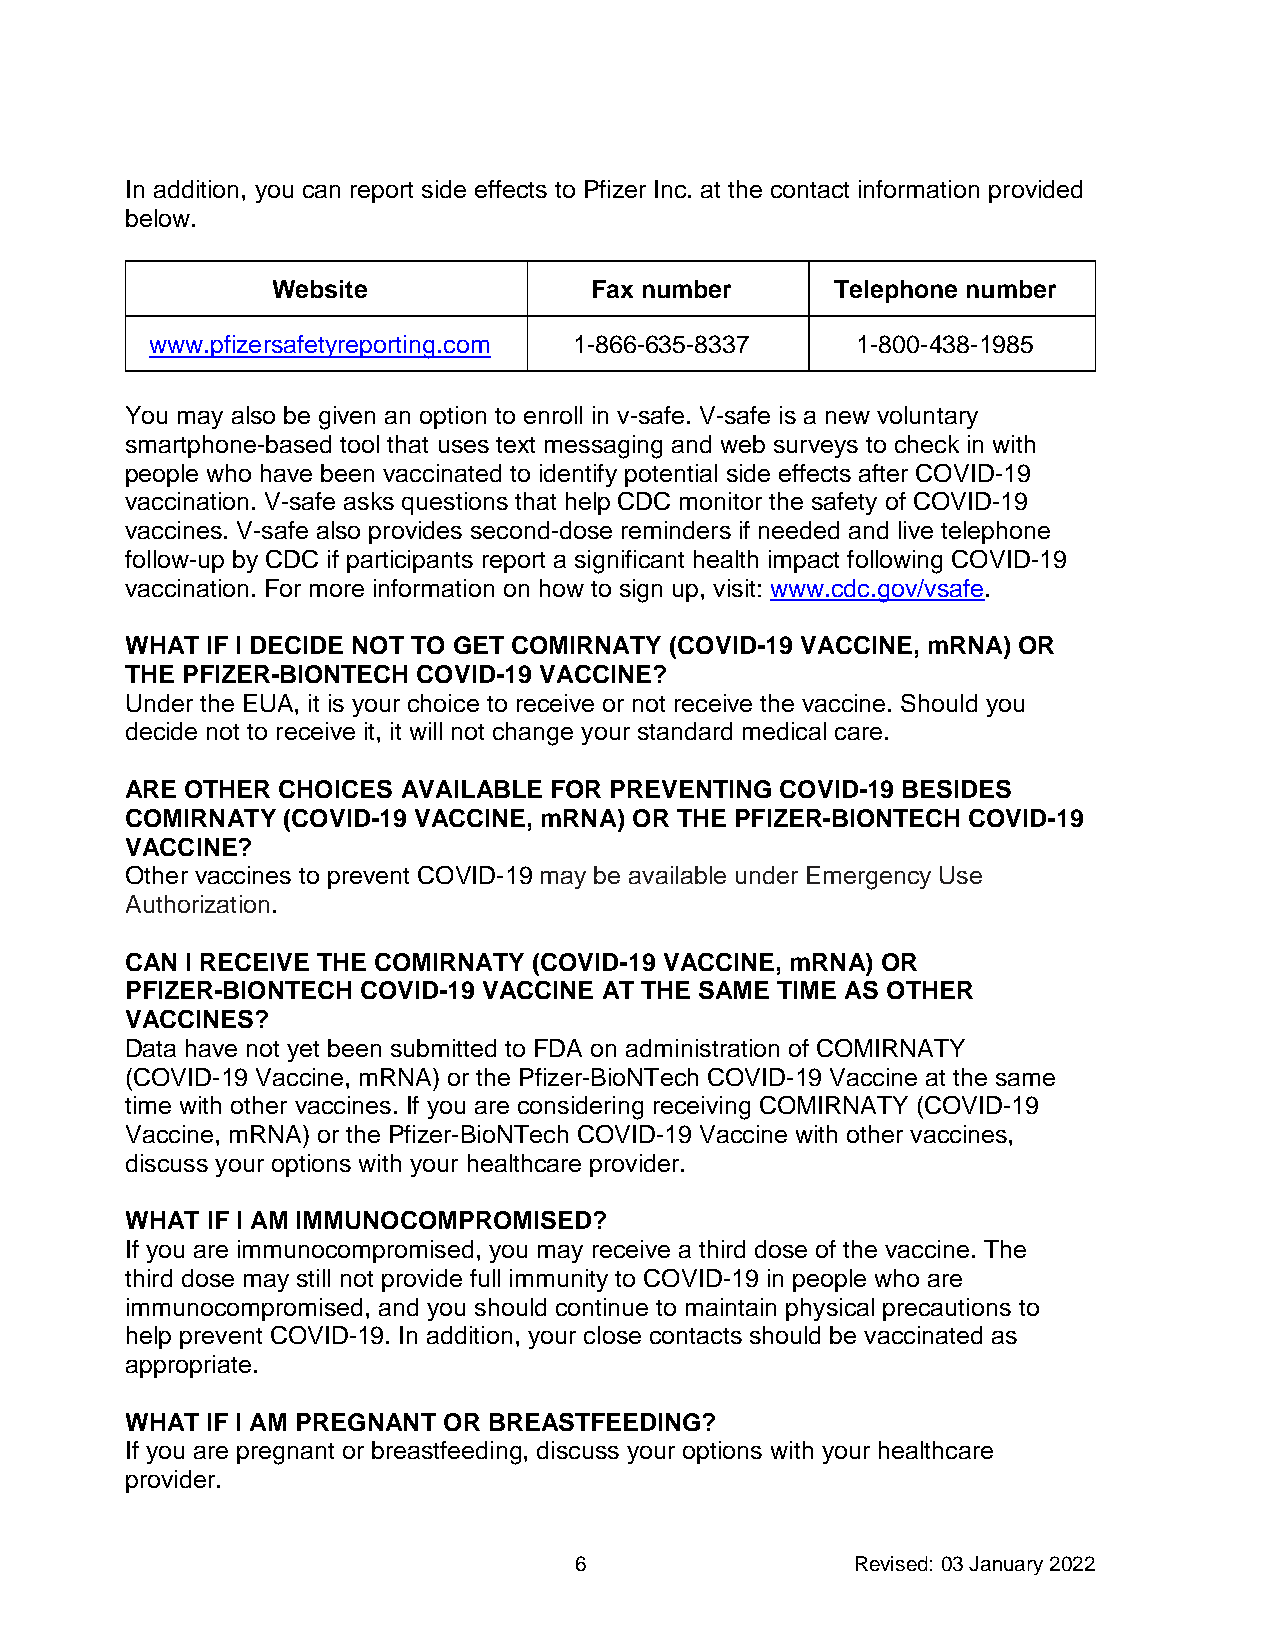
In addition, you can report side effects to Pfizer Inc. at the contact information provided
 below.
 Website              Fax number      Telephone number
 www.pfizersafetyreporting.com 1-866-635-8337   1-800-438-1985
 You may also be given an option to enroll in v-safe. V-safe is a new voluntary
 smartphone-based tool that uses text messaging and web surveys to check in with
 people who have been vaccinated to identify potential side effects after COVID-19
 vaccination. V-safe asks questions that help CDC monitor the safety of COVID-19
 vaccines. V-safe also provides second-dose reminders if needed and live telephone
 follow-up by CDC if participants report a significant health impact following COVID-19
 vaccination. For more information on how to sign up, visit: www.cdc.gov/vsafe.
 WHAT  IF I DECIDE NOT TO GET COMIRNATY (COVID-19 VACCINE, mRNA) OR
 THE PFIZER-BIONTECH COVID-19 VACCINE?
 Under the EUA, it is your choice to receive or not receive the vaccine. Should you
 decide not to receive it, it will not change your standard medical care.
 ARE OTHER CHOICES  AVAILABLE FOR PREVENTING COVID-19 BESIDES
 COMIRNATY  (COVID-19 VACCINE, mRNA) OR THE PFIZER-BIONTECH COVID-19
 VACCINE?
 Other vaccines to prevent COVID-19 may be available under Emergency Use
 Authorization.
 CAN I RECEIVE THE COMIRNATY (COVID-19 VACCINE, mRNA) OR
 PFIZER-BIONTECH COVID-19 VACCINE AT THE SAME TIME AS OTHER
 VACCINES?
 Data have not yet been submitted to FDA on administration of COMIRNATY
 (COVID-19 Vaccine, mRNA) or the Pfizer-BioNTech COVID-19 Vaccine at the same
 time with other vaccines. If you are considering receiving COMIRNATY (COVID-19
 Vaccine, mRNA) or the Pfizer-BioNTech COVID-19 Vaccine with other vaccines,
 discuss your options with your healthcare provider.
 WHAT  IF I AM IMMUNOCOMPROMISED?
 If you are immunocompromised, you may receive a third dose of the vaccine. The
 third dose may still not provide full immunity to COVID-19 in people who are
 immunocompromised, and you should continue to maintain physical precautions to
 help prevent COVID-19. In addition, your close contacts should be vaccinated as
 appropriate.
 WHAT  IF I AM PREGNANT OR BREASTFEEDING?
 If you are pregnant or breastfeeding, discuss your options with your healthcare
 provider.
 6                  Revised: 03 January 2022